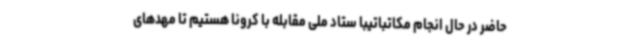
حاضر در حال انجام مکاتباتیبا ستاد ملی مقابله با کرونا هستیم تا مهدهای